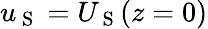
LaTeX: u_{\mathrm{~S~}}=U_{\mathrm{~S~}}(z=0)